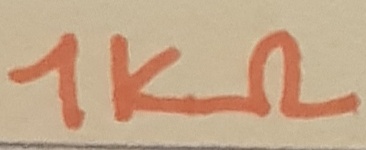
Text: 1KΩ